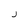
Character: J